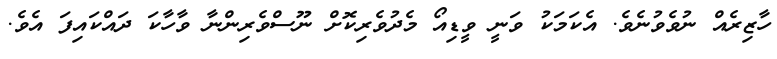
ހާޒިރެއް ނުވެވުނެވެ. އެކަމަކު ވަނީ ވީޑިއޯ މެދުވެރިކޮށް ނޫސްވެރިންނާ ވާހާކަ ދައްކައިފަ އެވެ.